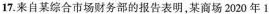
17.来自某综合市场财务部的报告表明，某商场2020年1